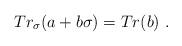
\begin{align*} Tr_{\sigma}(a+b\sigma)=Tr(b) \ .\end{align*}